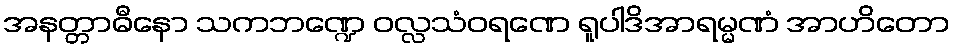
အနတ္တာဓီနော သကဘဏ္ဍေ ဝလ္လသံဝရဏေ ရူပါဒိအာရမ္မဏံ အာဟိတော